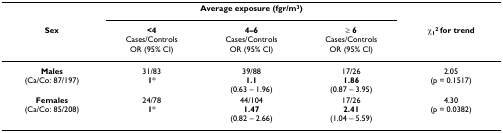
<table><thead><tr><td></td><td colspan="3"><b>Average exposure (fgr/m<sup>3</sup>)</b></td><td></td></tr><tr><td><b>Sex</b></td><td><b>&lt;4Cases/ControlsOR (95% CI)</b></td><td><b>4–6Cases/ControlsOR (95% CI)</b></td><td><b>≥ 6Cases/ControlsOR (95% CI)</b></td><td><b>χ<sub>1</sub><sup>2 </sup>for trend</b></td></tr></thead><tbody><tr><td><b>Males</b>(Ca/Co: 87/197)</td><td>31/83<b>1</b>*</td><td>39/88<b>1.1</b>(0.63 – 1.96)</td><td>17/26<b>1.86</b>(0.87 – 3.95)</td><td>2.05(p = 0.1517)</td></tr><tr><td><b>Females</b>(Ca/Co: 85/208)</td><td>24/78<b>1</b>*</td><td>44/104<b>1.47</b>(0.82 – 2.66)</td><td>17/26<b>2.41</b>(1.04 – 5.59)</td><td>4.30(p = 0.0382)</td></tr></tbody></table>